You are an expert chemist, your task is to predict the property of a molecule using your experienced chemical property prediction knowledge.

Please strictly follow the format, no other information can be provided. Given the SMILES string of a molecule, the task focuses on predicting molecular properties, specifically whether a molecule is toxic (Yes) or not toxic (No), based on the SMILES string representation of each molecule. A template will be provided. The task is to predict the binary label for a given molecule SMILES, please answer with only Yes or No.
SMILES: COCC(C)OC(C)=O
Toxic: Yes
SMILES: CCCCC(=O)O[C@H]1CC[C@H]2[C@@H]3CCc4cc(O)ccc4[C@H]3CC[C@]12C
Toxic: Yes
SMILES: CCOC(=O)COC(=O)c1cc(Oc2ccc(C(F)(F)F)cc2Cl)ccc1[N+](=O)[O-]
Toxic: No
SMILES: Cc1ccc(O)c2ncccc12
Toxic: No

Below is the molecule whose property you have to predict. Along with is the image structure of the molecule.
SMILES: O=C(O)c1cccnc1C(=O)O
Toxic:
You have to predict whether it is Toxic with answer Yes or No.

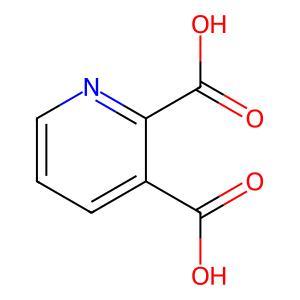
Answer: No